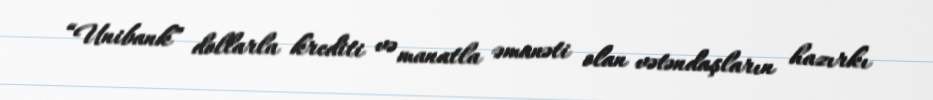
“Unibank” dollarla krediti və manatla əmanəti olan vətəndaşların hazırkı